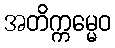
အတိက္ကမ္မေဝ